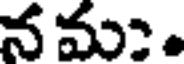
న మ .